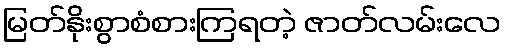
မြတ်နိုးစွာစံစားကြရတဲ့ ဇာတ်လမ်းလေ